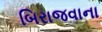
બિરાજવાના